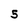
Character: 5